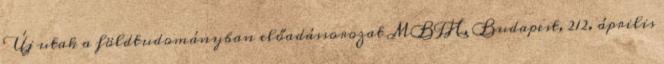
Új utak a földtudományban előadássorozat MBFH, Budapest, 212. április